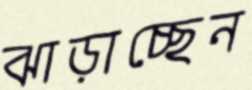
ঝাড়াচ্ছেন